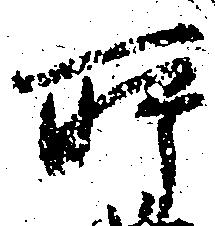
所